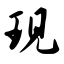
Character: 现